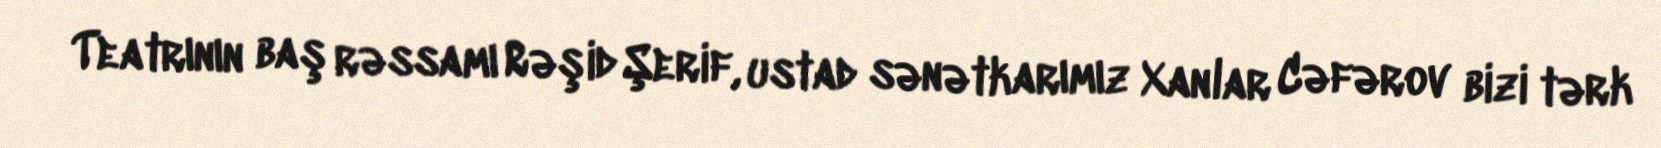
Teatrının baş rəssamı Rəşid Şerif, ustad sənətkarımız Xanlar Cəfərov bizi tərk